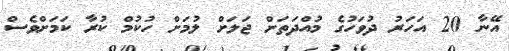
އޭނާ 20 އަހަރު ދުވަހުގެ މުއްދަތަށް ޖަލަށް ލުމަށް ހުކުމް ކުރާ ކަމަށްވެސް